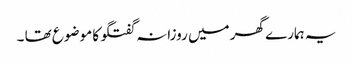
یہ ہمارے گھر میں روزانہ گفتگو کا موضوع تھا ۔